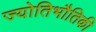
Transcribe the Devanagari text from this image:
ज्योतिभौतिकी